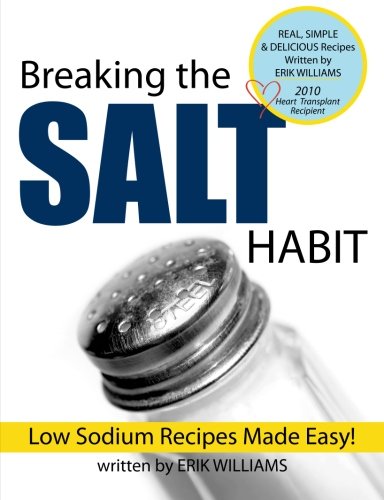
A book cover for Breaking the Salt Habit; Erik J Williams; Cookbooks, Food & Wine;